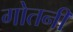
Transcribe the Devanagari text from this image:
गोतनी